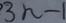
3 n - 1